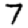
Digit: 7